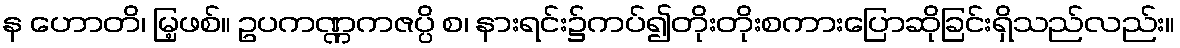
န ဟောတိ၊ မြ့ဖစ်။ ဥပကဏ္ဏကဇပ္ပိ စ၊ နားရင်း၌ကပ်၍တိုးတိုးစကားပြောဆိုခြင်းရှိသည်လည်း။